Report of the Indian Hemp Drugs Commission, 1894-1895 - Volume VI
Year: 1894
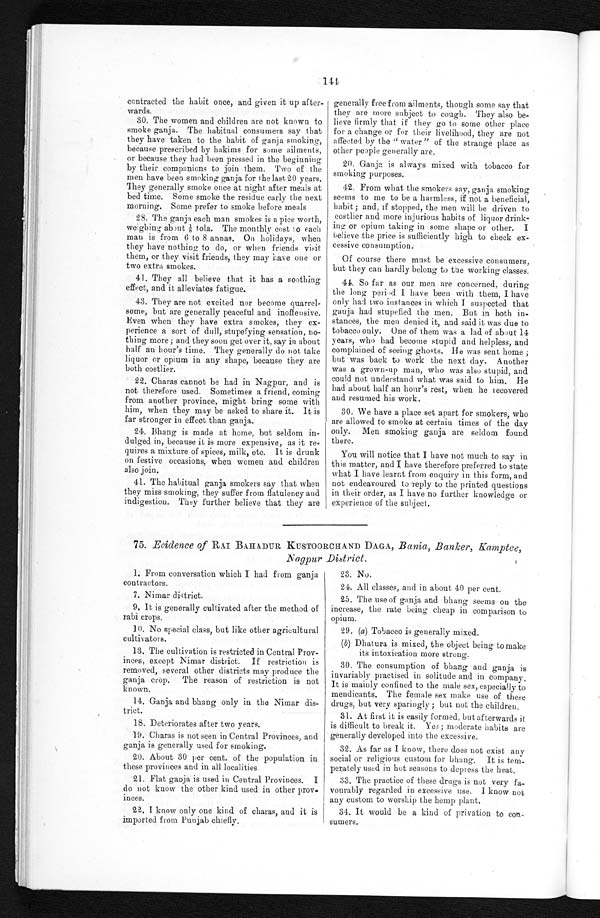
144
contracted the habit once, and given it up after-
wards.
30. The women and children are not known to
smoke ganja. The habitual consumers say that
they have taken to the habit of ganja smoking,
because prescribed by hakims for some ailments,
or because they had been pressed in the beginning
by their companions to join them. Two of the
men have been smoking ganja for the last 20 years.
They generally smoke once at night after meals at
bed time. Some smoke the residue early the next
morning. Some prefer to smoke before meals
28. The ganja each man smokes is a pice worth,
weighing about ⅛ tola. The monthly cost to each
man is from 6 to 8 annas. On holidays, when
they have nothing to do, or when friends visit
them, or they visit friends, they may have one or
two extra smokes.
41. They all believe that it has a soothing
effect, and it alleviates fatigue.
43. They are not excited nor become quarrel-
some, but are generally peaceful and inoffensive.
Even when they have extra smokes, they ex-
perience a sort of dull, stupefying sensation, no-
thing more; and they soon get over it, say in about
half an hour's time. They generally do not take
liquor or opium in any shape, because they are
both costlier.
22. Charas cannot be had in Nagpur, and is
not therefore used. Sometimes a friend, coming
from another province, might bring some with
him, when they may be asked to share it. It is
far stronger in effect than ganja.
24. Bhang is made at home, but seldom in-
dulged in, because it is more expensive, as it re-
quires a mixture of spices, milk, etc. It is drunk
on festive occasions, when women and children
also join.
41. The habitual ganja smokers say that when
t h e y m i s s s m o k i n g , t h e y s u f f e r f r o m f l a t u l e n c y a n d i n d i g e s t i o n . T h e y f u r t h e r b e l i e v e t h a t t h e y a r e
generally free from ailments, though some say that
they are more subject to cough. They also be-
lieve firmly that if they go to some other place
for a change or for their livelihood, they are not
affected by the "water" of the strange place as
other people generally are.
20. Ganja is always mixed with tobacco for
smoking purposes.
42. From what the smokers say, ganja smoking
seems to me to be a harmless, if not a beneficial,
habit ; and, if stopped, the men will be driven to
costlier and more injurious habits of liquor drink
ing or opium taking in some shape or other. I
believe the price is sufficiently high to check ex-
cessive consumption.
Of course there must be excessive consumers,
but they can hardly belong to the working classes.
44. So far as our men are concerned, during
t he l ong per i od I have been wi t h t hem, I have
only had two instances in which I suspected that
ganja had stupefied the men. But in both in-
stances, the men denied it, and said it was due to
tobacco only. One of them was a lad of about 14
years, who had become stupid and helpless, and
complained of seeing ghosts. He was sent home ;
but was back to work the next day. Another
was a grown-up man, who was also stupid, and
could not understand what was said to him. He
had about half an hour's rest, when he recovered
and resumed his work.
30. We have a place set apart for smokers, who
are allowed to smoke at certain times of the day
only. Men smoking ganja are seldom found
there.
You will notice that I have not much to say in
this matter, and I have therefore preferred to state
what I have learnt from enquiry in this form, and
not endeavoured to reply to the printed questions
i n t h e i r o r d e r , a s I h a v e n o f u r t h e r k n o w l e d g e o r e x p e r i e n c e o f t h e s u b j e c t .
75. Evidence of RAI BAHADUR KUSTOORCHAND DAGA, Bania, Banker, Kamptee,
Nagpur District.
1. From conversation which I had from ganja
contractors.
7. Nimar district.
9. It is generally cultivated after the method of
rabi crops.
10. No special class, but like other agricultural
cultivators.
13. The cultivation is restricted in Central Prov-
inces, except Nimar district. If restriction is
removed, several other districts may produce the
ganja crop. The reason of restriction is not
known.
14. Ganja and bhang only in the Nimar dis-
trict.
18. Deteriorates after two years.
19. Charas is not seen in Central Provinces, and
ganja is generally used for smoking.
20. About 30 per cent. of the population in
these provinces and in all localities.
21. Flat ganja is used in Central Provinces. I
do not know the other kind used in other prov-
inces.
22. I know only one kind of charas, and it is
imported. from Punjab chiefly.
18. 23. No.
24. All classes, and in about 40 per cent.
25. The use of ganja and bhang seems on the
increase, the rate being cheap in comparison to
opium.
29. (a) Tobacco is generally mixed.
(b) Dhatura is mixed, the object being to make
its intoxication more strong.
30. The consumption of bhang and ganja is
invariably practised in solitude and in company.
It is mainly confined to the male sex, especially to
mendicants. The female sex make use of these
drugs, but very sparingly ; but not the children.
31. At first it is easily formed, but afterwards it
is difficult to break it. Yes; moderate habits are
generally developed into the excessive.
32. As far as I know, there does not exist any
social or religious custom for bluing. It is tem-
perately used in hot seasons to depress the heat.
33. The practice of these drugs is not very fa-
vourably regarded in excessive use. I know not
any custom to worship the hemp plant.
34. It would be a kind of privation to con
-sumers.